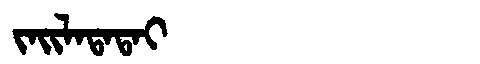
Manchu: ᠵᠠᡳᠯᠠᡨᠠᡨᠠᡳ
Romanization: JAILATATAI